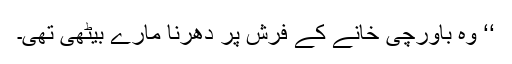
‘‘ وہ باورچی خانے کے فرش پر دھرنا مارے بیٹھی تھی۔